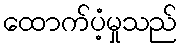
ထောက်ပံ့မှုသည်